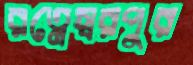
রত্নেস্বরপুর